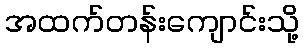
အထက်တန်းကျောင်းသို့